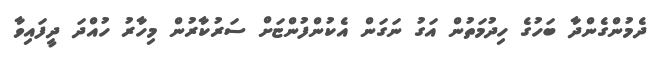
ދެމުންގެންދާ ބަހުގެ ހިދުމަތުން އަގު ނަގަން އެކުންފުންޏަށް ސަރުކާރުން މިހާރު ހުއްދަ ދީފައިވާ